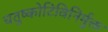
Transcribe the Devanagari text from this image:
चतुष्कोटिविनिर्मुक्त